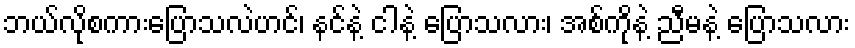
ဘယ်လိုစကားပြောသလဲဟင်၊ နင်နဲ့ ငါနဲ့ ပြောသလား၊ အစ်ကိုနဲ့ ညီမနဲ့ ပြောသလား